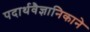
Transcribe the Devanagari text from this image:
पदार्थवैज्ञानिकाने